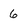
Character: 6